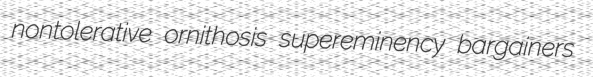
nontolerative ornithosis supereminency bargainers